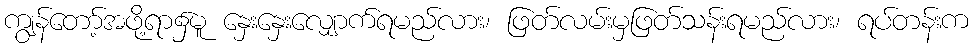
ကျွန်တော့်အဖို့ရာ၌မူ နှေးနှေးလျှောက်ရမည်လား၊ ဖြတ်လမ်းမှဖြတ်သန်းရမည်လား၊ ရပ်တန်းက